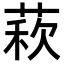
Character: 𦳫